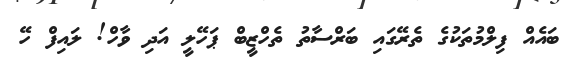
ބައެއް ފިލްމުތަކުގެ ތެރޭގައި ބަރްސާތު ތެހްޒީބް ޕަހޭލީ އަދި ވާހް! ލައިފް ހޭ